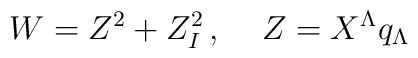
W=Z^2+Z_I^2 \,  , \quad \, Z = X^\Lambda q_\Lambda